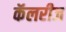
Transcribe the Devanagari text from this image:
कॅलरीज